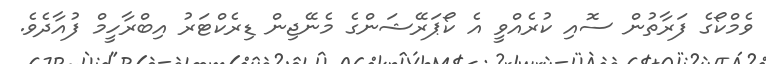
ވެމްކޯގެ ފަރާތުން ސޮއި ކުރެއްވީ އެ ކޯޕަރޭޝަންގެ މެނޭޖިން ޑިރެކްޓަރު އިބްރާހީމް ފުއާދެވެ.